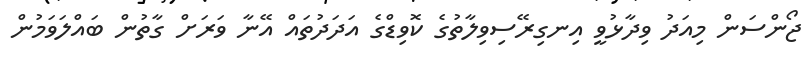
ޖޯންސަން މިއަދު ވިދާޅުވީ އިނގިރޭސިވިލާތުގެ ކޮވިޑްގެ އަދަދުތައް އޭނާ ވަރަށް ގާތުން ބައްލަވަމުން